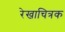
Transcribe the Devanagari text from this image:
रेखाचित्रक